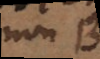
non B